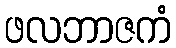
ဖလဘာဇကံ